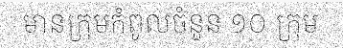
មានក្រុមកំពូលចំនួន ១០ ក្រុម